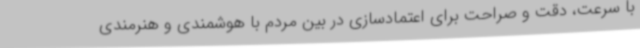
با سرعت، دقت و صراحت برای اعتمادسازی در بین مردم با هوشمندی و هنرمندی